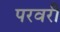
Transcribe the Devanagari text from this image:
परवरी